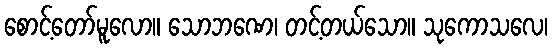
စောင့်တော်မူလော။ သောဘဏေ၊ တင့်တယ်သော။ သုကောသလေ၊